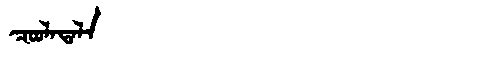
Manchu: ᠴᠣᠣᠯᠠᡨᠠᠯᠠ
Romanization: COOLATALA